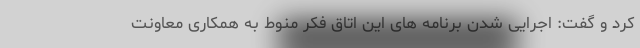
کرد و گفت: اجرایی شدن برنامه های این اتاق فکر منوط به همکاری معاونت